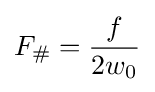
F_{\#}={\frac {f}{2w_{0}}}